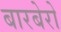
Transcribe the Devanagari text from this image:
बारबेरो